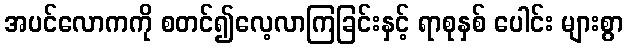
အပင်လောကကို စတင်၍လေ့လာကြခြင်းနှင့် ရာစုနှစ် ပေါင်း များစွာ